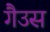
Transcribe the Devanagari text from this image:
गैउस